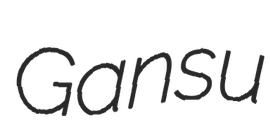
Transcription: Gansu